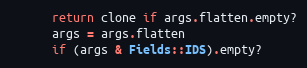
Language: Ruby
      return clone if args.flatten.empty?
      args = args.flatten
      if (args & Fields::IDS).empty?